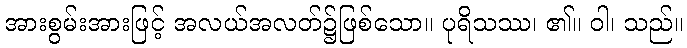
အားစွမ်းအားဖြင့် အလယ်အလတ်၌ဖြစ်သော။ ပုရိသဿ၊ ၏။ ဝါ၊ သည်။